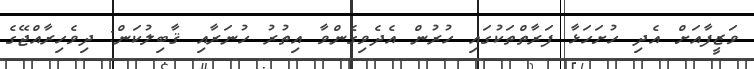
ވަޒީފާއަށް އެދި ހުށަހަޅާ ފަރާތްތަކުގައި ހުރުން އެދެވިގެންވާ އިތުރު ހުނަރާއި ޤާބިލުކަން: ދިވެހިރާއްޖޭގެ